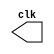
 // ------------------------- 
// Exemplo0041 - Test Clock Generator 
// Nome: Lucas Cardoso 
// ------------------------- 
// ------------------------- 
module clock ( clk ); 
output clk; 
reg clk; 

initial 
begin 
clk = 1'b0; 
end 

always 
begin 
#12 clk = ~clk; 
end 

endmodule // clock ( ) 

module Exemplo0041; 
wire clk; 
clock CLK1 ( clk ); 

// ------------------------- parte principal 
initial 
begin 
$dumpfile ( "Exemplo0041.vcd" ); 
$dumpvars; 
#120 $finish; 
end 

endmodule // Exemplo0041 ( )